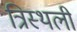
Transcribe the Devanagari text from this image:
त्रिस्थली